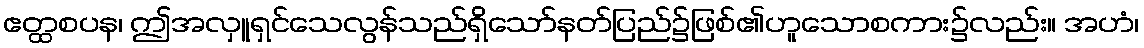
ဧတ္ထစပန၊ ဤအလှူရှင်သေလွန်သည်ရှိသော်နတ်ပြည်၌ဖြစ်၏ဟူသောစကား၌လည်း။ အဟံ၊